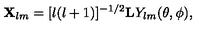
{ \bf X } _ { l m } = [ l ( l + 1 ) ] ^ { - 1 / 2 } { \bf L } Y _ { l m } ( \theta , \phi ) ,